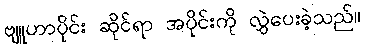
ဗျူဟာပိုင်း ဆိုင်ရာ အပိုင်းကို လွှဲပေးခဲ့သည်။